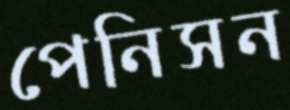
পেনিসন